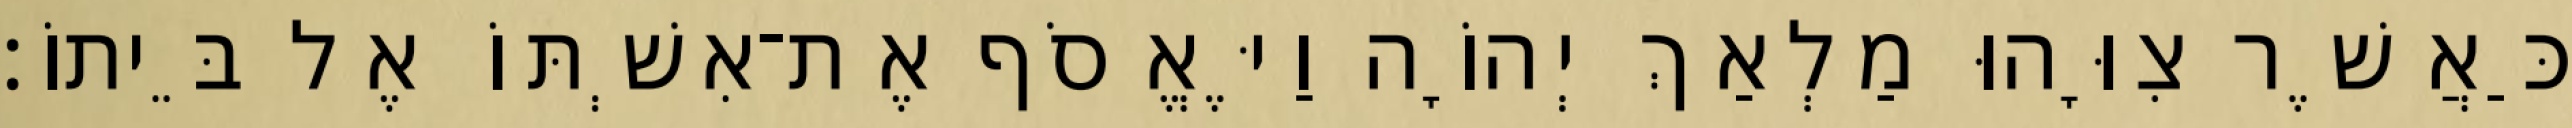
כַּאֲשֶׁר צִוָּהוּ מַלְאַךְ יְהוָֹה וַיֶּאֱסֹף אֶת־אִשְׁתּוֹ אֶל בֵּיתוֹ׃